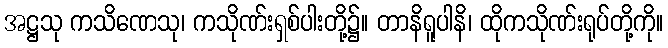
အဋ္ဌသု ကသိဏေသု၊ ကသိုဏ်းရှစ်ပါးတို့၌။ တာနိရူပါနိ၊ ထိုကသိုဏ်းရုပ်တို့ကို။